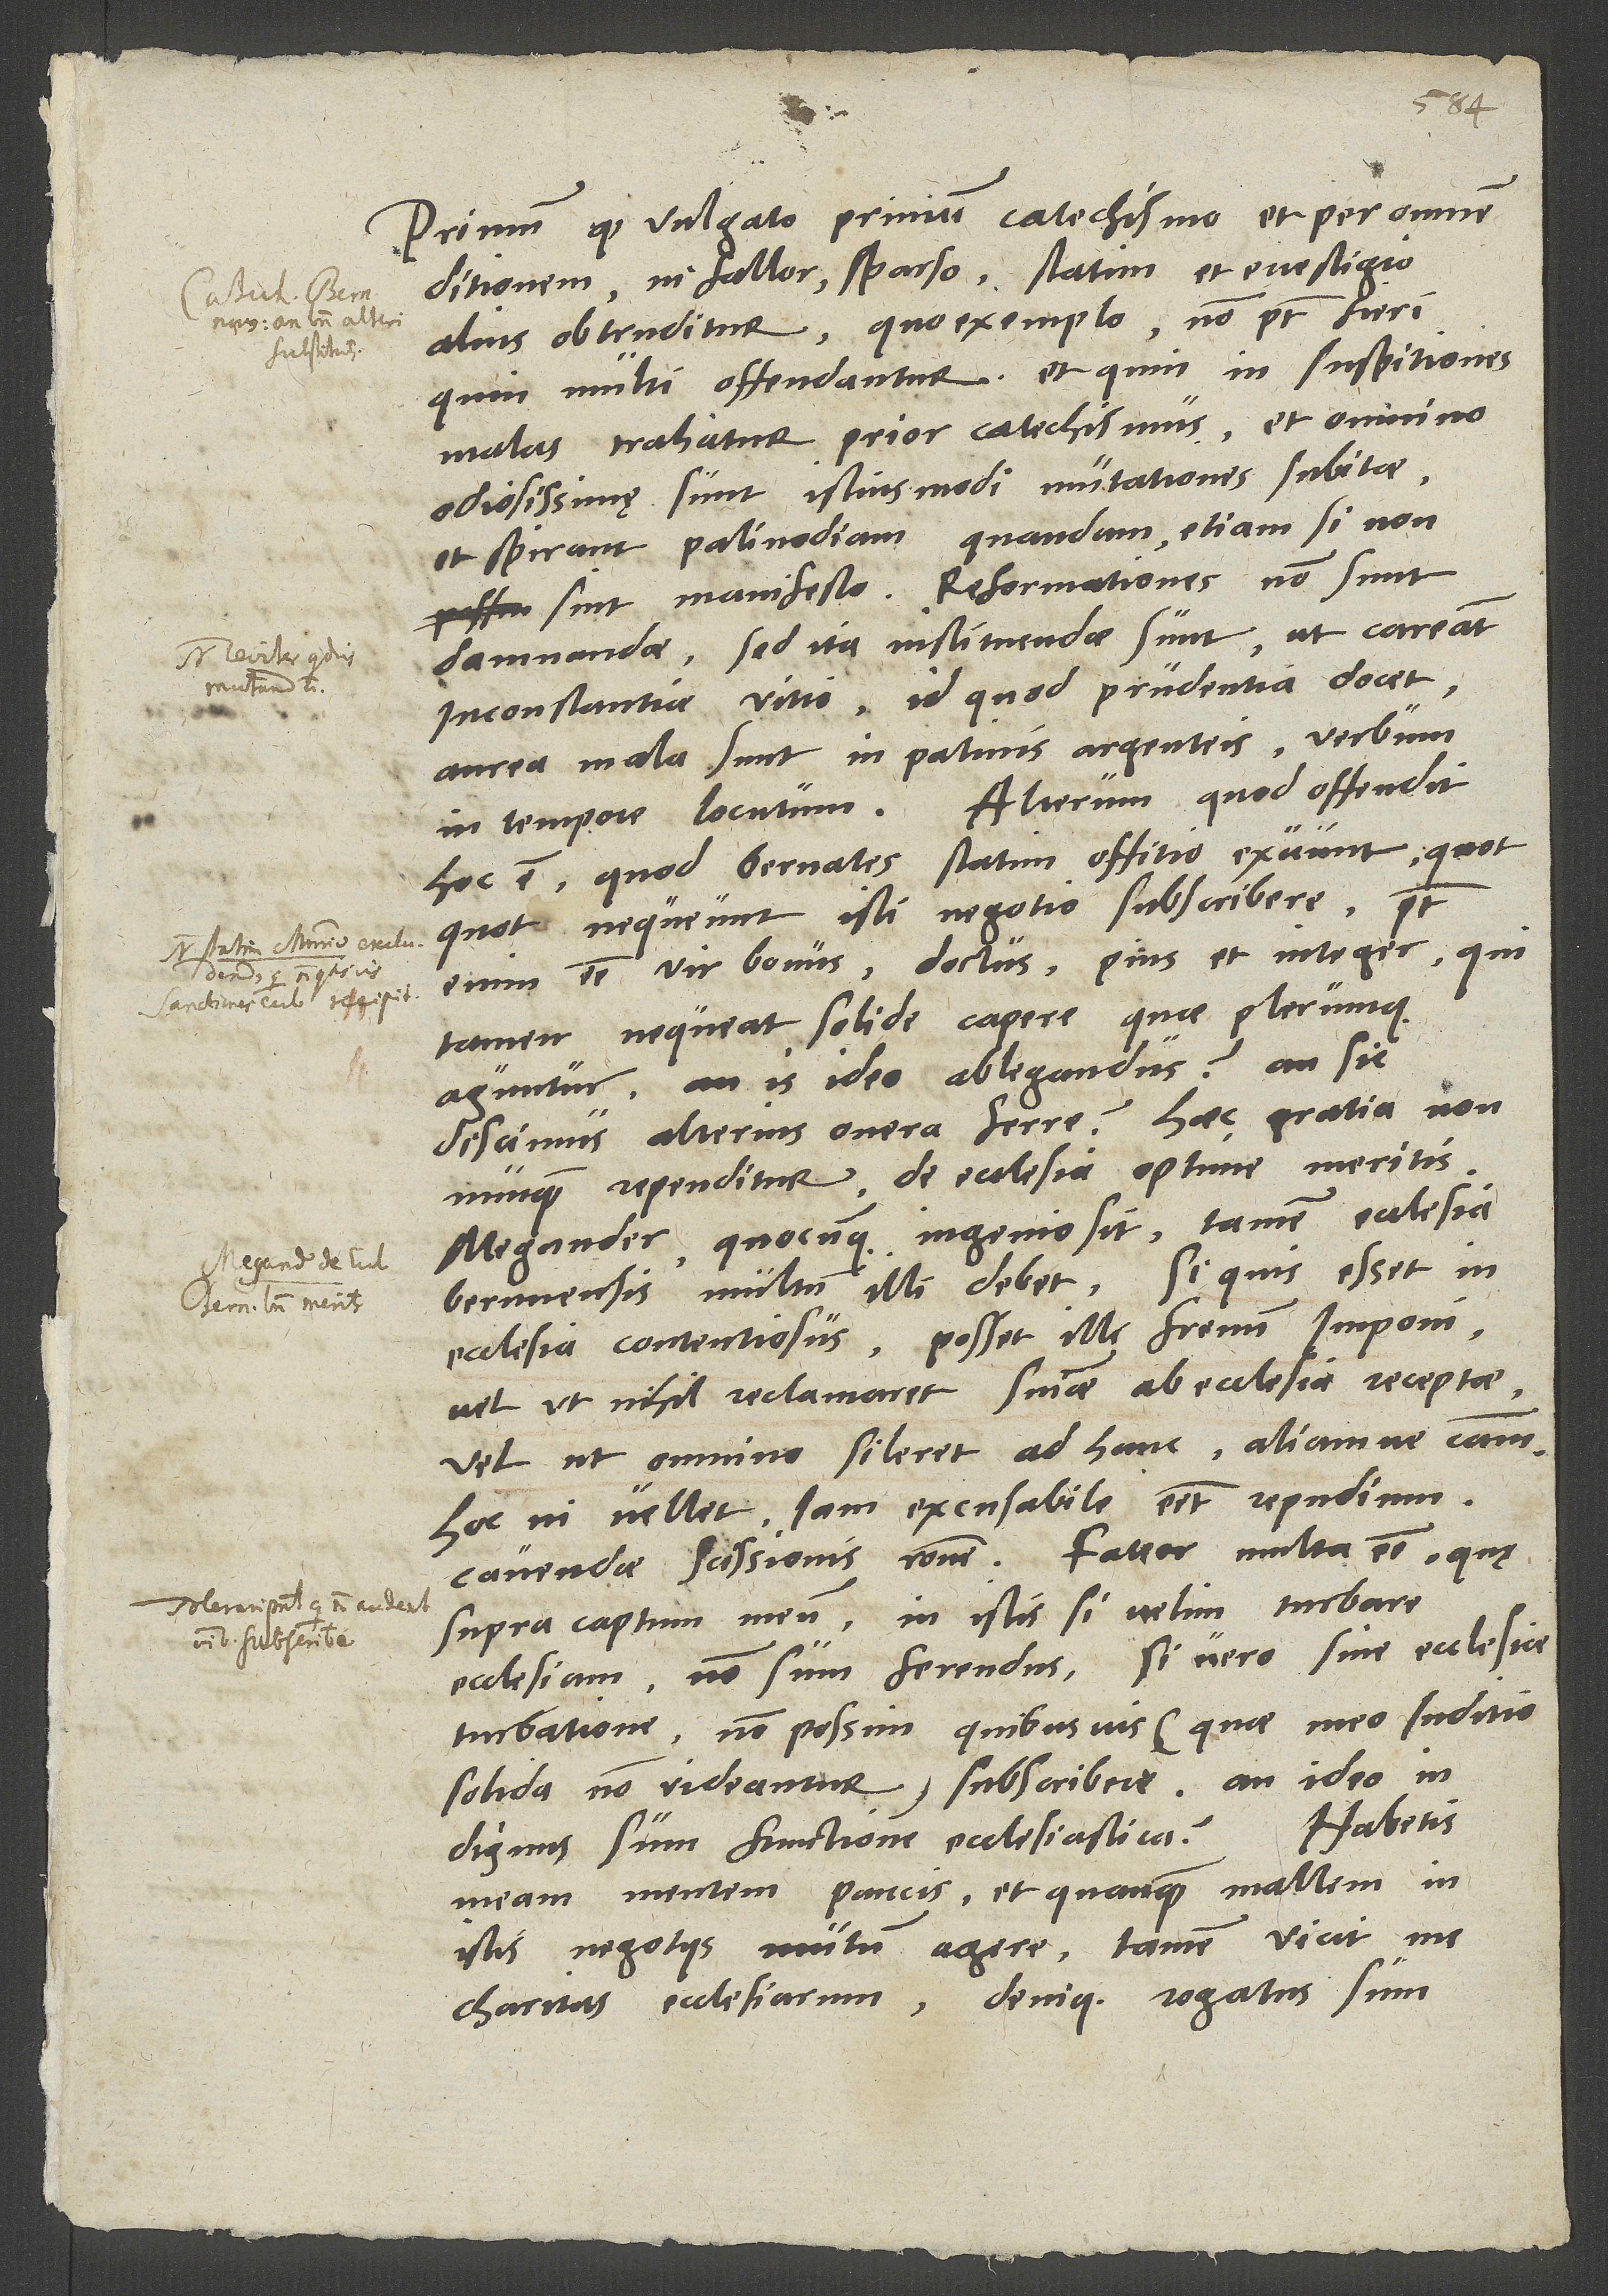
Primum, quod vulgato primum catechismo et per omnem
ditionem, ni fallor, sparso statim et e vestigio
alius obtruditur, quo exemplo non potest fieri,
quin multi offendantur et quin in suspitiones
malas trahatur prior catechismus. Et omnino
odiosissimę sunt istiusmodi mutationes subitae
et spirant palinodiam quandam, etiam si non
sint manifesto. Reformationes non sunt
damnandae, sed ita instituendae sunt, ut careant
inconstantiae vitio, id quod prudentia docet;
aurea mala sunt in patinis argenteis, verbum
in tempore locutum. Alterum, quod offendit,
hoc est, quod Bernates statim offitio exuunt, quotquot
nequeunt isti negotio subscribere. Potest
enim esse vir bonus, doctus, pius et integer, qui
tamen nequeat solide capere, quae plerumque
aguntur; an is ideo ablegandus? An sic
discimus alterius onera ferre? Haec gratia
nonnunquam rependitur de ecclesia optime meritis.
Megander quocunque ingenio sit, tamen ecclesia
Bernnensis multum illi debet. Si quis esset in
ecclesia contentiosus, posset illi frenum imponi,
vel ut nihil reclamaret sententiae ab ecclesia receptae
vel ut omnino sileret ad hanc aliamve causam.
Hoc ni vellet, iam excusabile esset repudium
cavendae scissionis ratione. Fateor multa esse, quę
supra captum meum; in istis si velim turbare
ecclesiam, non sum ferendus, si vero sine ecclesiae
turbatione non possim quibusvis (quae meo iuditio
solida non videantur) subscribere, an ideo
meam mentem paucis, et quanquam mallem in
istis negotiis mutum agere, tamen vicit me
charitas ecclesiarum, denique rogatus sum.